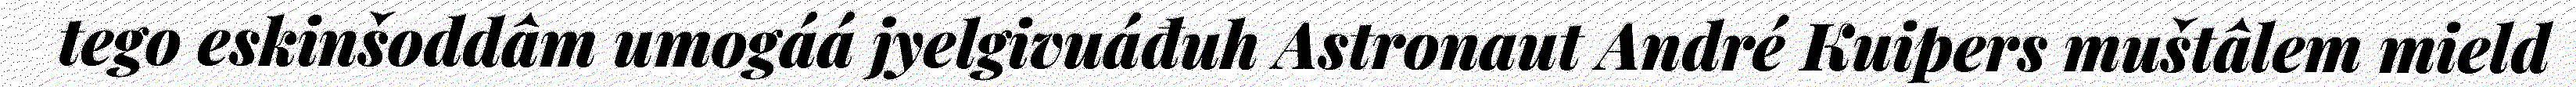
tego eskinšoddâm umogáá jyelgivuáđuh Astronaut André Kuipers muštâlem mield